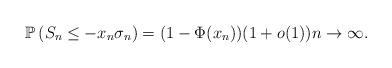
LaTeX: \begin{align*}\mathbb{P}\left( S_{n}\leq -x_{n}\sigma_{n}\right) =(1-\Phi(x_{n}))(1+o(1))n\rightarrow\infty. \end{align*}